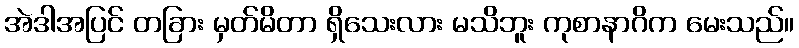
အဲဒါအပြင် တခြား မှတ်မိတာ ရှိသေးလား မသိဘူး ကုစာနာဂိက မေးသည်။